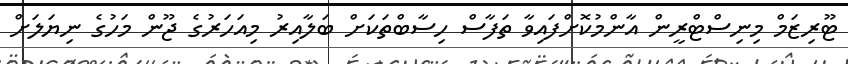
ޓޫރިޒަމް މިނިސްޓްރީން އާންމުކޮށްފައިވާ ތަފާސް ހިސާބްތަކަށް ބަލާއިރު މިއަހަރުގެ ޖޫން މަހުގެ ނިޔަލަށް